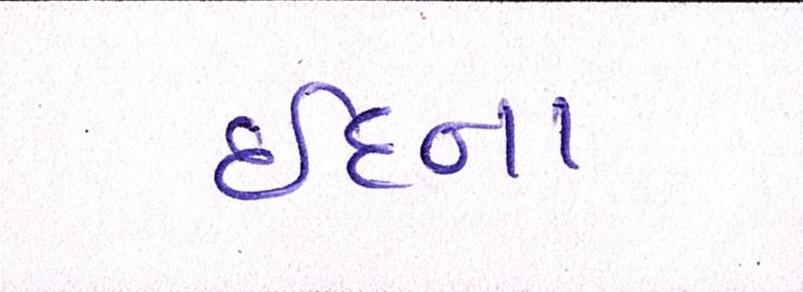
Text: ઈદના